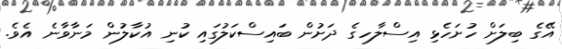
އޭގެ ބިލަށް ހުށަހެޅި އިސްލާހގެ ދަށުން ބައިސްކަލުގައި ކުނި އުކާލުން މަނާވާނެ އެވެ.